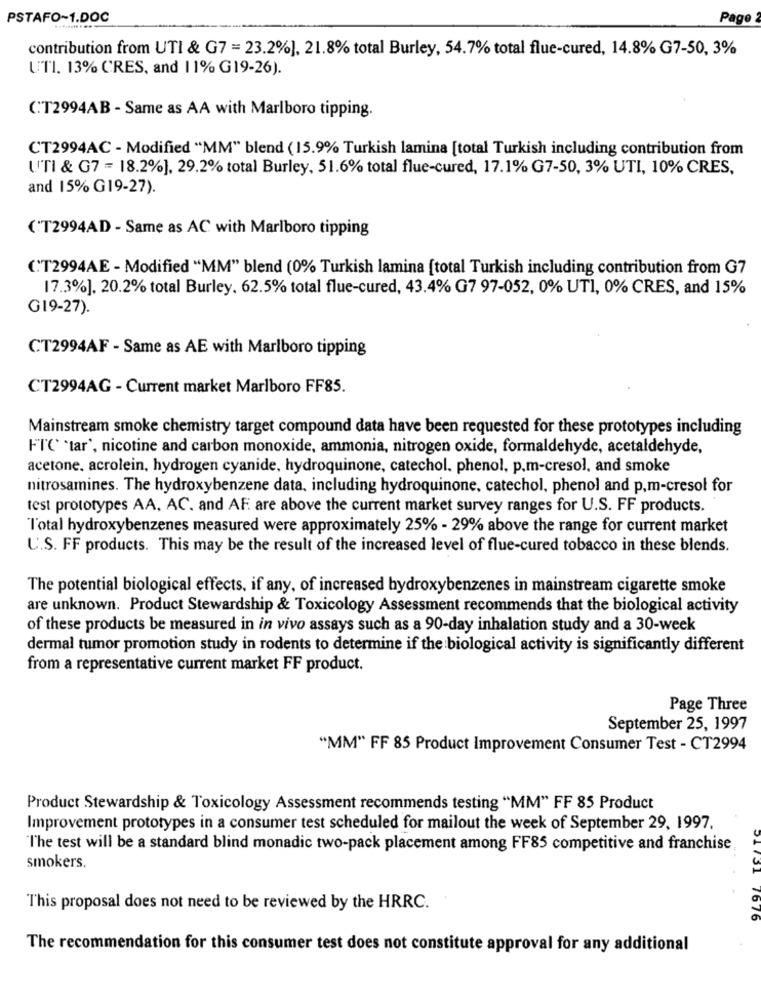
PSTAFO~1.DOC
Page
contribution from UTI & G7 = 23.2%], 21.8% total Burley, 54.7% total flue-cured, 14.8% G7-50, 3%
UTI. 13% CRES, and 11% G19-26).
C.T2994AB - Same as AA with Marlboro tipping.
CT2994AC - Modified "MM" blend (15.9% Turkish lamina [total Turkish including contribution from
UTI & G7 = 18.2%], 29.2% total Burley, 51.6% total flue-cured, 17.1% G7-50, 3% UTI, 10% CRES,
and 15% G19-27).
( T2994AD - Same as AC with Marlboro tipping
("T2994AE - Modified "MM" blend (0% Turkish lamina [total Turkish including contribution from G7
17.3%]. 20.2% total Burley. 62.5% total flue-cured, 43.4% G7 97-052, 0% UT1, 0% CRES, and 15%
G19-27).
CT2994AF - Same as AE with Marlboro tipping
CT2994AG - Current market Marlboro FF85.
Mainstream smoke chemistry target compound data have been requested for these prototypes including
FTC *tar', nicotine and carbon monoxide, ammonia, nitrogen oxide, formaldehyde, acetaldehyde,
acetone. acrolein, hydrogen cyanide, hydroquinone, catechol. phenol, p.m-cresol, and smoke
nitrosamines. The hydroxybenzene data, including hydroquinone, catechol, phenol and p.m-cresol for
test prototypes AA, AC. and AF are above the current market survey ranges for U.S. FF products.
"Total hydroxybenzenes measured were approximately 25% - 29% above the range for current market
U.S. FF products. This may be the result of the increased level of flue-cured tobacco in these blends.
The potential biological effects, if any, of increased hydroxybenzenes in mainstream cigarette smoke
are unknown. Product Stewardship & Toxicology Assessment recommends that the biological activity
of these products be measured in in vivo assays such as a 90-day inhalation study and a 30-week
dermal tumor promotion study in rodents to determine if the biological activity is significantly different
from a representative current market FF product.
Page Three
September 25, 1997
"MM" FF 85 Product Improvement Consumer Test - CT2994
Product Stewardship & Toxicology Assessment recommends testing "MM" FF 85 Product
Improvement prototypes in a consumer test scheduled for mailout the week of September 29, 1997.
The test will be a standard blind monadic two-pack placement among FF85 competitive and franchise
smokers.
This proposal does not need to be reviewed by the HRRC.
The recommendation for this consumer test does not constitute approval for any additional